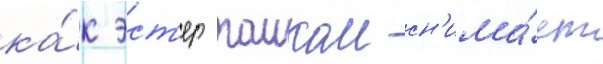
ка́к эст'ер таиком сн'има́ет